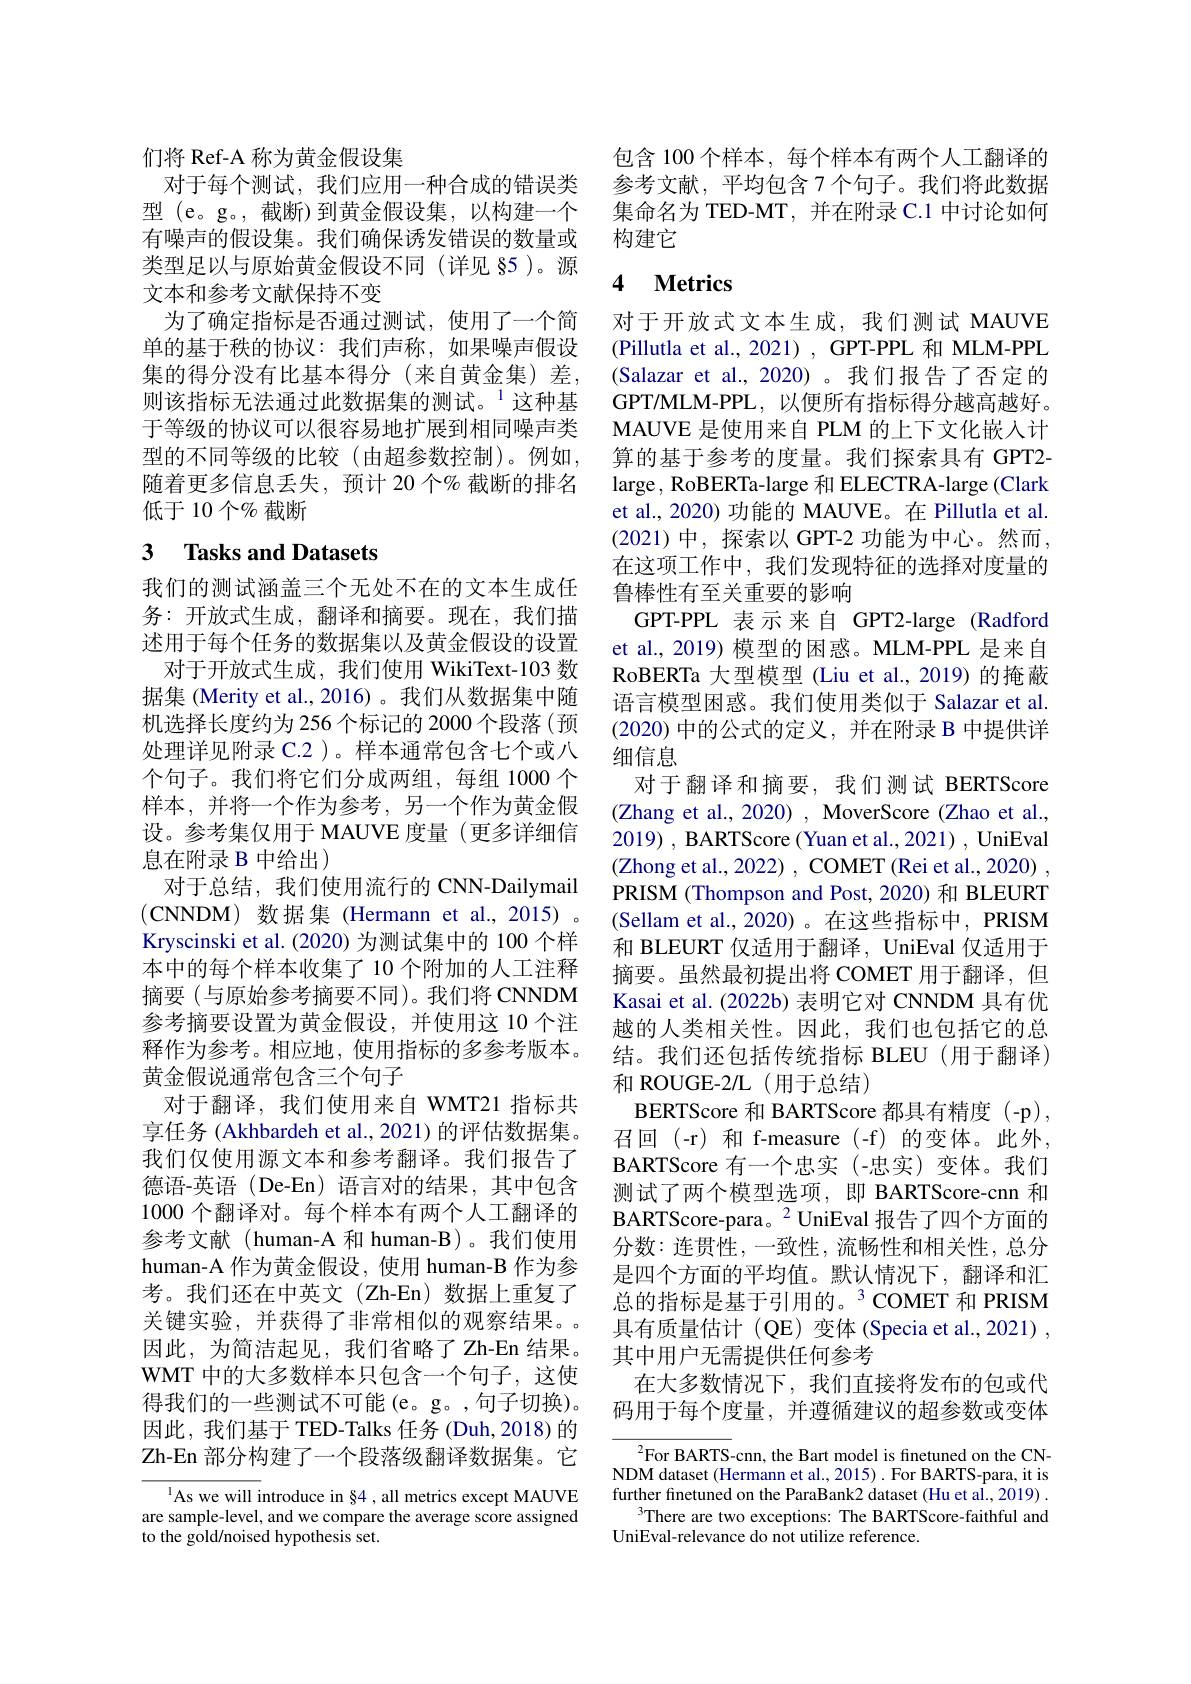
们将 Ref-A 称为黄金假设集
对于每个测试，我们应用一种合成的错误类型 (e。g。,截断)到黄金假设集，以构建一个有噪声的假设集。我们确保诱发错误的数量或类型足以与原始黄金假设不同(详见 85)。源文本和参考文献保持不变
为了确定指标是否通过测试，使用了一个简单的基于秩的协议：我们声称，如果噪声假设集的得分没有比基本得分(来自黄金集)差， 则该指标无法通过此数据集的测试。$^{1}$这种基于等级的协议可以很容易地扩展到相同噪声类型的不同等级的比较(由超参数控制)。例如， 随着更多信息丢失，预计 20 个% 截断的排名低于10个$\%$截断

# 3 Tasks and Datasets

我们的测试涵盖三个无处不在的文本生成任务：开放式生成，翻译和摘要。现在，我们描述用于每个任务的数据集以及黄金假设的设置
对于开放式生成，我们使用 WikiText-103 数据集 (Merity et al.,2016)。我们从数据集中随机选择长度约为 256 个标记的 2000 个段落(预处理详见附录 C.2 )。样本通常包含七个或八个句子。我们将它们分成两组，每组 1000 个样本，并将一个作为参考，另一个作为黄金假设。参考集仅用于 MAUVE 度量(更多详细信息在附录 B 中给出)
对于总结，我们使用流行的 CNN-Dailymail (CNNDM)数据集(Hermann et al.,2015)。Kryscinski et al.(2020) 为测试集中的 100 个样本中的每个样本收集了 10 个附加的人工注释摘要 (与原始参考摘要不同)。我们将 CNNDM 参考摘要设置为黄金假设，并使用这 10 个注释作为参考。相应地，使用指标的多参考版本。黄金假说通常包含三个句子
对于翻译，我们使用来自 WMT21 指标共享任务 (Akhbardeh et al., 2021)的评估数据集。我们仅使用源文本和参考翻译。我们报告了德语-英语 (De-En) 语言对的结果，其中包含1000 个翻译对。每个样本有两个人工翻译的参考文献(human-A 和 human-B)。我们使用human-A 作为黄金假设，使用 human-B 作为参考。我们还在中英文(Zh-En)数据上重复了关键实验，并获得了非常相似的观察结果。。因此，为简洁起见，我们省略了Zh-En结果。WMT 中的大多数样本只包含一个句子，这使得我们的一些测试不可能(e。g。,句子切换)。因此，我们基于 TED-Talks 任务 (Duh,2018) 的Zh-En 部分构建了一个段落级翻译数据集。它

$^{1}$As we will introduce in §4 , all metrics except MAUVE are sample-level, and we compare the average score assigned to the gold/noised hypothesis set.

包含 100 个样本，每个样本有两个人工翻译的参考文献，平均包含7个句子。我们将此数据集命名为 TED-MT, 并在附录 C.1 中讨论如何构建它

## 4 $\textbf{Metrics}$

对于开放式文本生成，我们测试 MAUVE (Pillutla et al., 2021) , GPT-PPL 和 MLM-PPL (Salazar et al.,2020)。我们报告了否定的GPT/MLM-PPL,以便所有指标得分越高越好。MAUVE 是使用来自 PLM 的上下文化嵌入计算的基于参考的度量。我们探索具有 GPT2- large, RoBERTa-large 和 ELECTRA-large (Clark et al., 2020) 功能的 MAUVE。在 Pillutla et al. (2021)中，探索以 GPT-2 功能为中心。然而在这项工作中，我们发现特征的选择对度量的鲁棒性有至关重要的影响
GPT-PPL 表示来自 GPT2-large (Radford et al., 2019) 模型的困惑。MLM-PPL 是来自RoBERTa 大型模型 (Liu et al.,2019) 的掩蔽语言模型困惑。我们使用类似于 Salazar et al. (2020)中的公式的定义，并在附录 B 中提供详细信息
对于翻译和摘要，我们测试 BERTScore (Zhang et al., 2020) , MoverScore (Zhao et al., 2019) , BARTScore (Yuan et al., 2021) , UniEval (Zhong et al., 2022) , COMET (Rei et al., 2020) , PRISM (Thompson and Post, 2020) 和 BLEURT (Sellam et al., 2020)。在这些指标中，PRISM 和 BLEURT 仅适用于翻译，UniEval 仅适用于摘要。虽然最初提出将 COMET 用于翻译，但Kasai et al. (2022b) 表明它对 CNNDM 具有优越的人类相关性。因此，我们也包括它的总结。我们还包括传统指标 BLEU(用于翻译) 和 ROUGE-2/L (用于总结)
BERTScore 和 BARTScore 都具有精度(-p), 召回(-r)和 f-measure(-f)的变体。此外， BARTScore 有 一 个 忠 实 ( - 忠 实 ) 变 体 。我 们 测试了两个模型选项，即 BARTScore-cnn 和BARTScore-para。$^{2}$UniEval 报告了四个方面的分数：连贯性，一致性，流畅性和相关性，总分是四个方面的平均值。默认情况下，翻译和汇总的指标是基于引用的。$^3$COMET 和 PRISM 具有质量估计 (QE)变体 (Specia et al.,2021) , 其中用户无需提供任何参考
在大多数情况下，我们直接将发布的包或代码用于每个度量，并遵循建议的超参数或变体
${{^{2}}}$For BARTS-cnn, the Bart model is finetuned on the CN-

NDM dataset (Hermann et al., 2015) . For BARTS-para, it is further finetuned on the ParaBank2 dataset (Hu et al., 2019) .
There are two exceptions: The BARTScore-faithful and
UniEval-relevance do not utilize reference.